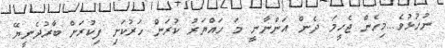
ނުހުޅުވެ...މިހެން ޖެހީމަ ދެން އަންނާނީ މަ ހައްޔަރު ކުރަން ހަރުކަށި ފިކުރަށް ބާރުދެނީޔޭ